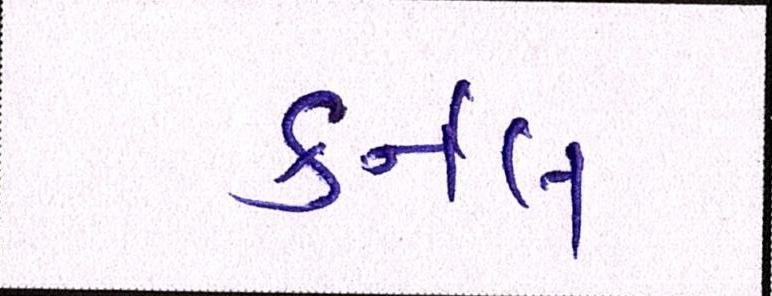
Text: કર્નલ